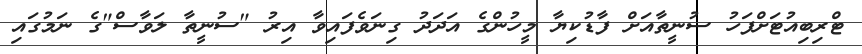
ޓްރިބިއުޓަށްފަހު ސުނީތާއަށް ފާޑުކިޔާ މީހުންގެ އަދަދު ގިނަވެފައިވާ އިރު "ސުނީތާ ލަވާސް"ގެ ނަމުގައި